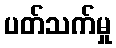
ပတ်သက်မှု